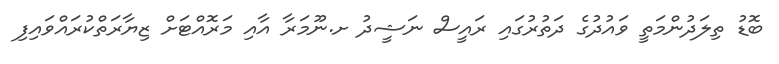
ބޮޑު ތިލަދުންމަތީ ވައުދުގެ ދަތުރުގައި ރައީސް ނަޝީދު ށ.ނޫމަރާ އާއި މަރޮއްޓަށް ޒިޔާރަތްކުރައްވައިފި